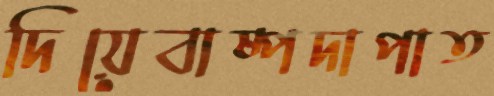
দিয়েবাষ্পদাপাত